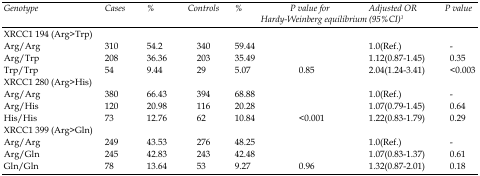
| Genotype | Cases | % | Controls | % | P value for Hardy-Weinberg equilibrium | Adjusted OR (95%CI)1 | P value |
 | --- | --- | --- | --- | --- | --- | --- | --- |
 | <COLSPAN=2> XRCC1 194 (Arg>Trp) |  |  |  |  |  |  |
 | Arg/Arg | 310 | 54.2 | 340 | 59.44 |  | 1.0(Ref.) | - |
 | Arg/Trp | 208 | 36.36 | 203 | 35.49 |  | 1.12(0.87-1.45) | 0.35 |
 | Trp/Trp | 54 | 9.44 | 29 | 5.07 | 0.85 | 2.04(1.24-3.41) | <0.003 |
 | <COLSPAN=2> XRCC1 280 (Arg>His) |  |  |  |  |  |  |
 | Arg/Arg | 380 | 66.43 | 394 | 68.88 |  | 1.0(Ref.) | - |
 | Arg/His | 120 | 20.98 | 116 | 20.28 |  | 1.07(0.79-1.45) | 0.64 |
 | His/His | 73 | 12.76 | 62 | 10.84 | <0.001 | 1.22(0.83-1.79) | 0.29 |
 | <COLSPAN=2> XRCC1 399 (Arg>Gln) |  |  |  |  |  |  |
 | Arg/Arg | 249 | 43.53 | 276 | 48.25 |  | 1.0(Ref.) | - |
 | Arg/Gln | 245 | 42.83 | 243 | 42.48 |  | 1.07(0.83-1.37) | 0.61 |
 | Gln/Gln | 78 | 13.64 | 53 | 9.27 | 0.96 | 1.32(0.87-2.01) | 0.18 |